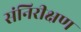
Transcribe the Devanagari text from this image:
संनिरीक्षण